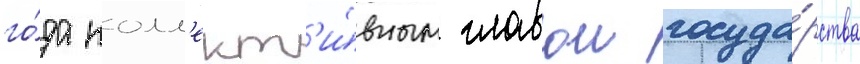
го́да колл'ект'и́вным главои госуда́рства